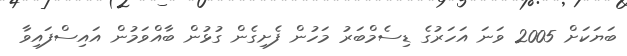
ބަޔަކަށް 2005 ވަނަ އަހަރުގެ ޑިސެމްބަރު މަހުން ފެށިގެން ގުޅުން ބާއްވަމުން އައިސްފައިވާ